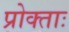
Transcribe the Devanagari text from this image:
प्रोक्ताः